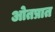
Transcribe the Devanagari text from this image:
ओतप्रात